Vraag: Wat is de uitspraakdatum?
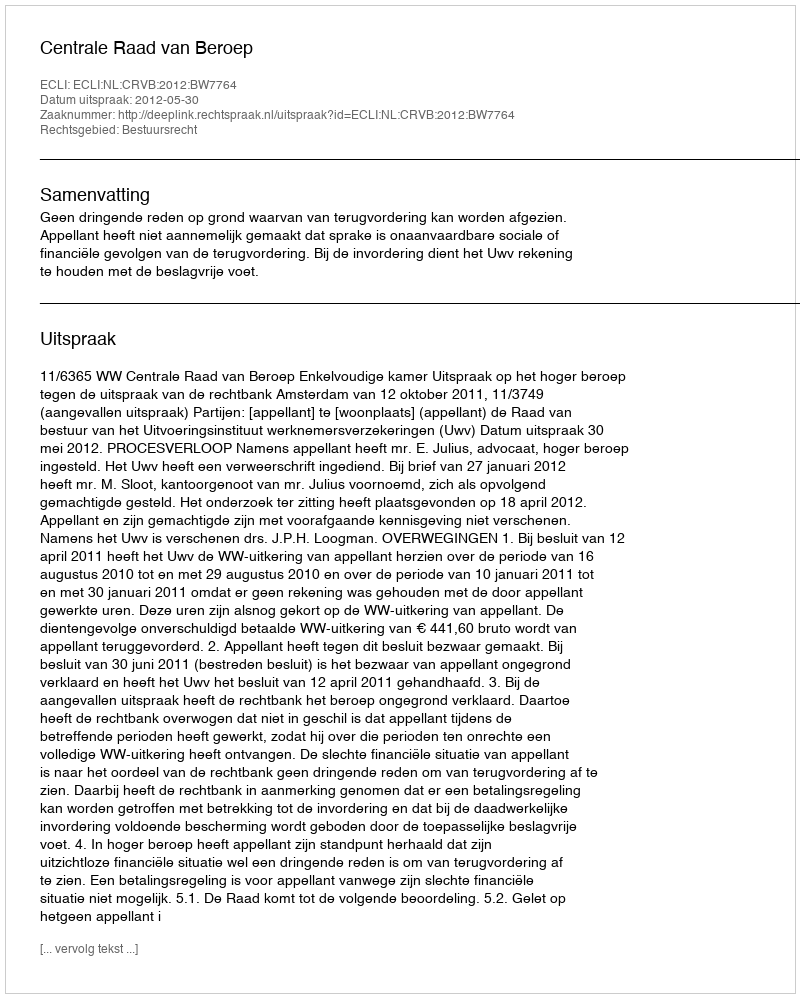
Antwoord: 2012-05-30